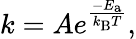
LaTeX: k=Ae^{\frac{-E_{\mathrm{{a}}}}{k_{\mathrm{{B}}}T}},